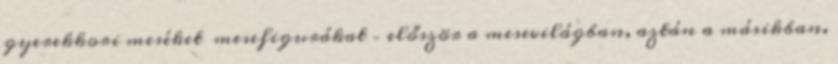
gyerekkori meséket mesefigurákat – először a mesevilágban, aztán a másikban.